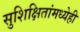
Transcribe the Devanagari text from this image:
सुशिक्षितांमध्येही